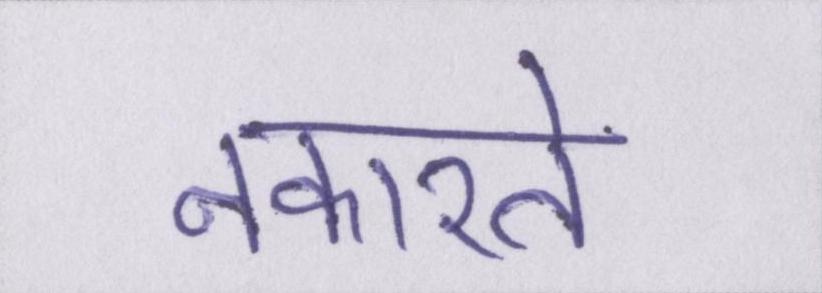
नकारते